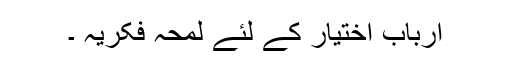
ارباب اختیار کے لئے لمحہ فکریہ ۔